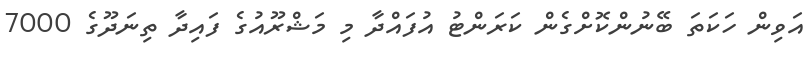
އަވިން ހަކަތަ ބޭނުންކޮށްގެން ކަރަންޓު އުފައްދާ މި މަޝްރޫއުގެ ފައިދާ ތިނަދޫގެ 7000